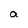
Character: a